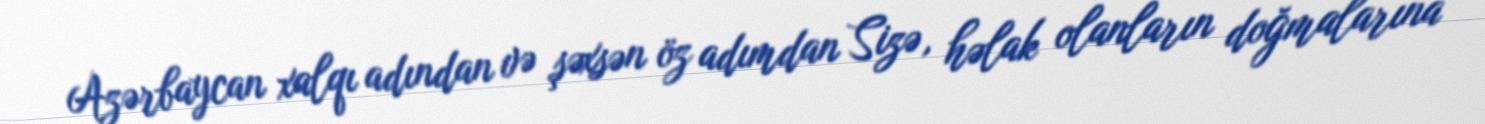
Azərbaycan xalqı adından və şəxsən öz adımdan Sizə, həlak olanların doğmalarına